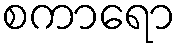
စကာရော